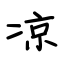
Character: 凉